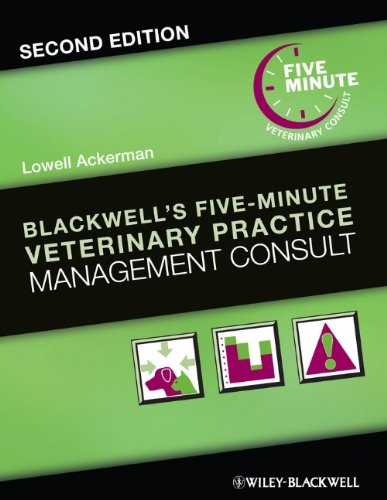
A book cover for Blackwell's Five-Minute Veterinary Practice Management Consult; Medical Books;